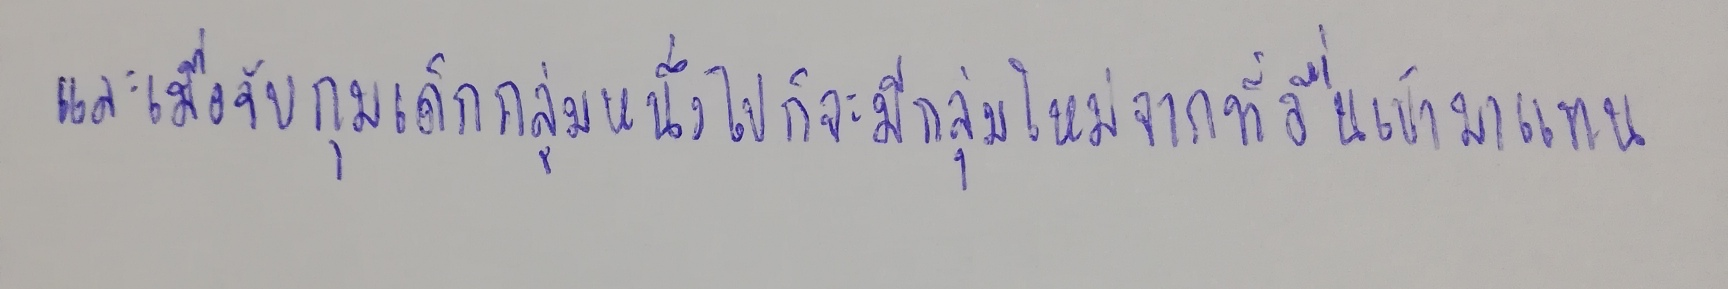
และเมื่อจับกุมเด็กกลุ่มหนึ่งไปก็จะมีกลุ่มใหม่จากที่อื่นเข้ามาแทน